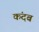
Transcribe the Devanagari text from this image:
कंदब